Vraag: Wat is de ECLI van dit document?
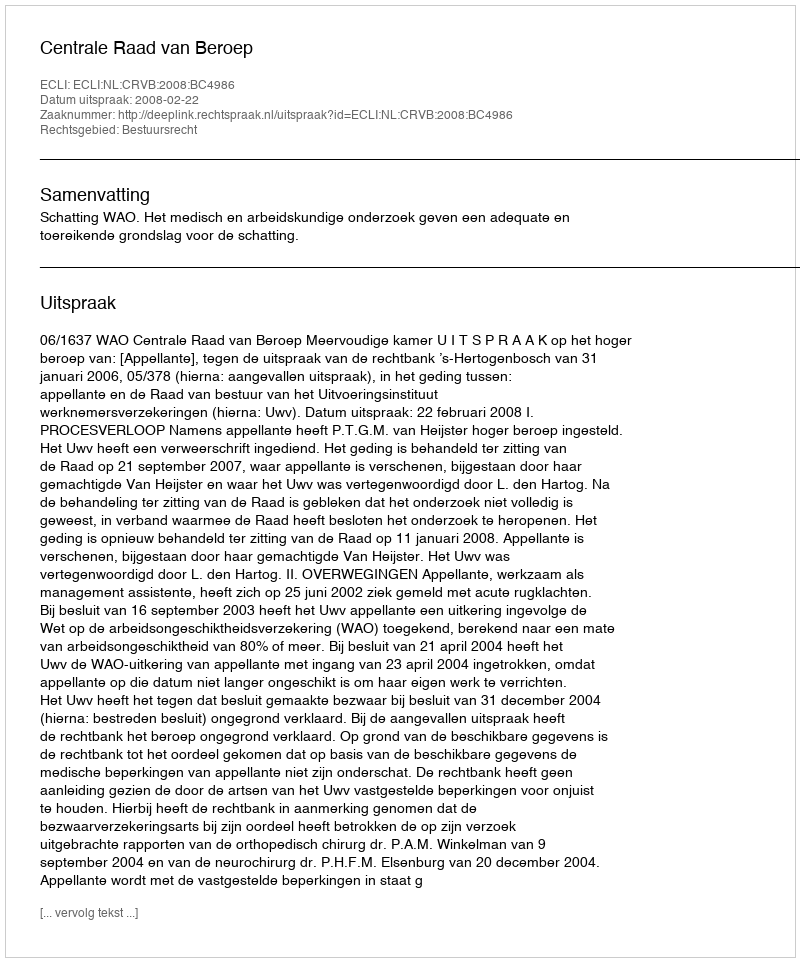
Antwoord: ECLI:NL:CRVB:2008:BC4986